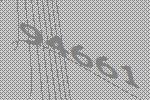
94661